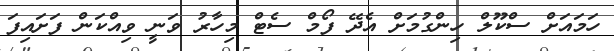
ހަމައަށް ސްކޫލް ހިންގުމަށް އެދޭ ފޯމް ސެޓް މިހާރު ވަނީ ވިއްކަން ފަށައިފަ